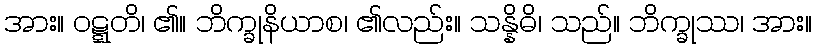
အား။ ဝဋ္ဋတိ၊ ၏။ ဘိက္ခုနိယာစ၊ ၏လည်း။ သန္နိဓိ၊ သည်။ ဘိက္ခုဿ၊ အား။